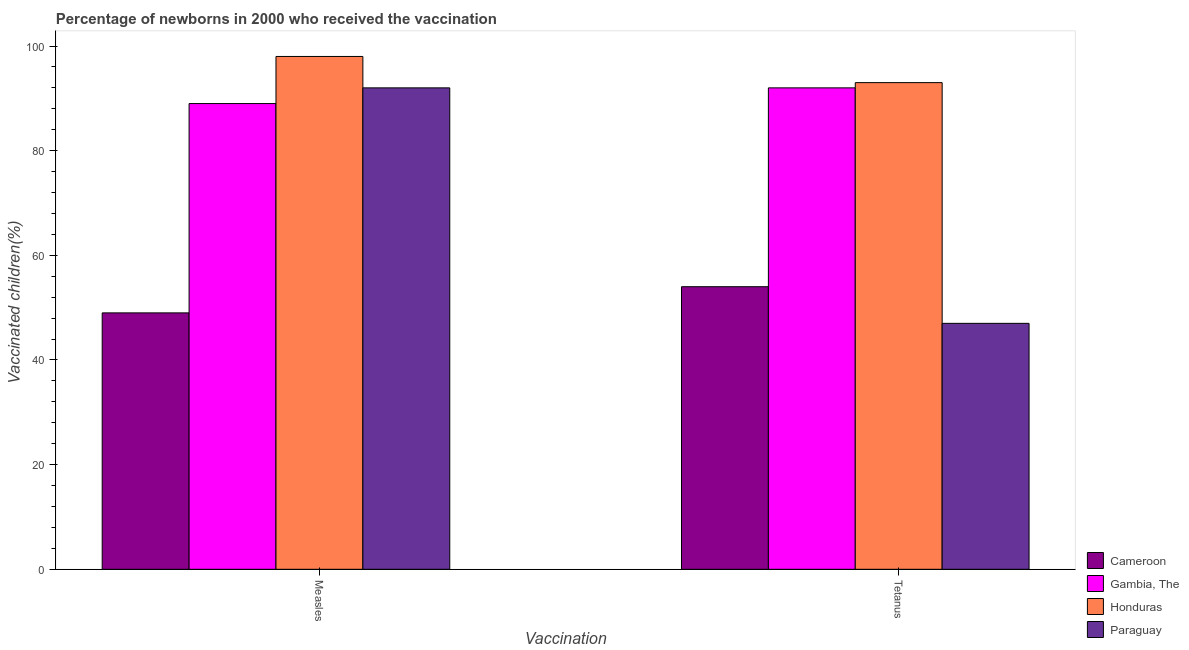
| Vaccination | Cameroon | Gambia, The | Honduras | Paraguay |
 | --- | --- | --- | --- | --- |
 | Measles | 49 | 89 | 98 | 92 |
 | Tetanus | 54 | 92 | 93 | 47 |